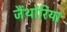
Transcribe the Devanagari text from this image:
जैंथोरिया